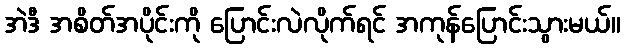
အဲဒီ အစိတ်အပိုင်းကို ပြောင်းလဲလိုက်ရင် အကုန်ပြောင်းသွားမယ်။